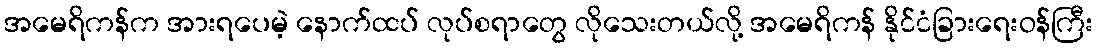
အမေရိကန်က အားရပေမဲ့ နောက်ထပ် လုပ်စရာတွေ လိုသေးတယ်လို့ အမေရိကန် နိုင်ငံခြားရေးဝန်ကြီး